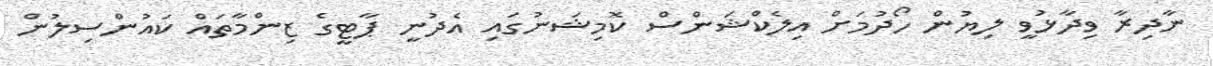
ނާދިރާ ވިދާޅުވީ ލިޔުން ހޯދުމަށް އިލެކްޝަންސް ކޮމިޝަނުގައި އެދުނީ ޕާޓީގެ ޒިންމާތައް ކައުންސިލުން